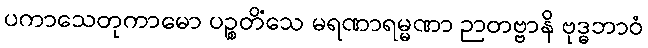
ပကာသေတုကာမော ပဉ္စတိံသေ မရဏာရမ္မဏာ ဉာတဗ္ဗာနိ ဗုဒ္ဓဘာဝံ